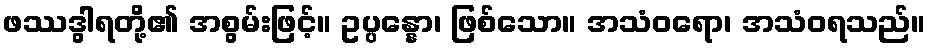
ဖဿဒွါရတို့၏ အစွမ်းဖြင့်။ ဥပ္ပန္နော၊ ဖြစ်သော။ အသံဝရော၊ အသံဝရသည်။